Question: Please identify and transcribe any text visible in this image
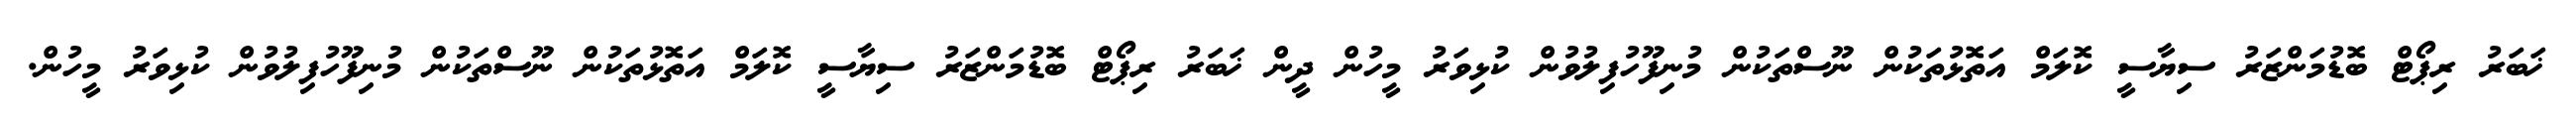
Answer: ޚަބަރު ރިޕޯޓް ބޮޑުމަންޒަރު ސިޔާސީ ކޮލަމް އަތޮޅުތަކުން ނޫސްތަކުން މުނިފޫހުފިލުވުން ކުޅިވަރު މީހުން ދީން ޚަބަރު ރިޕޯޓް ބޮޑުމަންޒަރު ސިޔާސީ ކޮލަމް އަތޮޅުތަކުން ނޫސްތަކުން މުނިފޫހުފިލުވުން ކުޅިވަރު މީހުން.